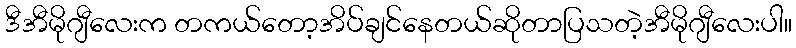
ဒီအီမိုဂျီလေးက တကယ်တော့အိပ်ချင်နေတယ်ဆိုတာပြသတဲ့အီမိုဂျီလေးပါ။